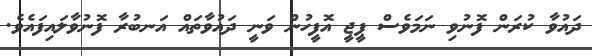
ދައުވާ ކުރަން ފޮނުވި ނަމަވެސް ޕީޖީ އޮފީހުން ވަނީ ދައުވާތައް އަނބުރާ ފޮނުވާލައިފައެވެ.